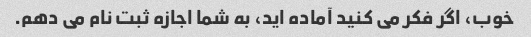
خوب، اگر فکر می کنید آماده اید، به شما اجازه ثبت نام می دهم.